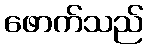
ဖောက်သည်